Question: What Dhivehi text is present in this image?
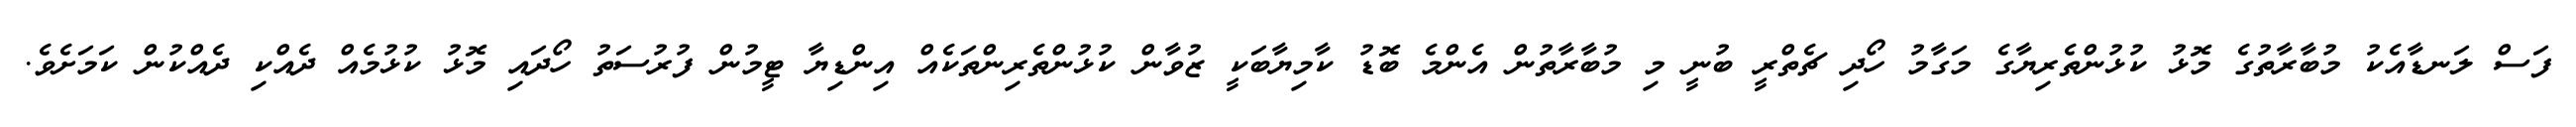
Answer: ފަސް ލަނޑާއެކު މުބާރާތުގެ މޮޅު ކުޅުންތެރިޔާގެ މަގާމު ހޯދި ޗެތްރީ ބުނީ މި މުބާރާތުން އެންމެ ބޮޑު ކާމިޔާބަކީ ޒުވާން ކުޅުންތެރިންތަކެއް އިންޑިޔާ ޓީމުން ފުރުސަތު ހޯދައި މޮޅު ކުޅުމެއް ދެއްކި ދެއްކުން ކަމަށެވެ.